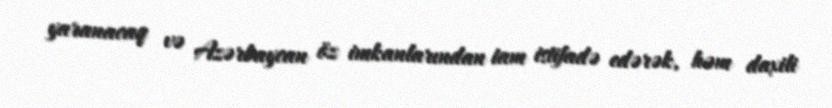
yaranacaq və Azərbaycan öz imkanlarından tam istifadə edərək, həm daxili